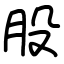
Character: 股